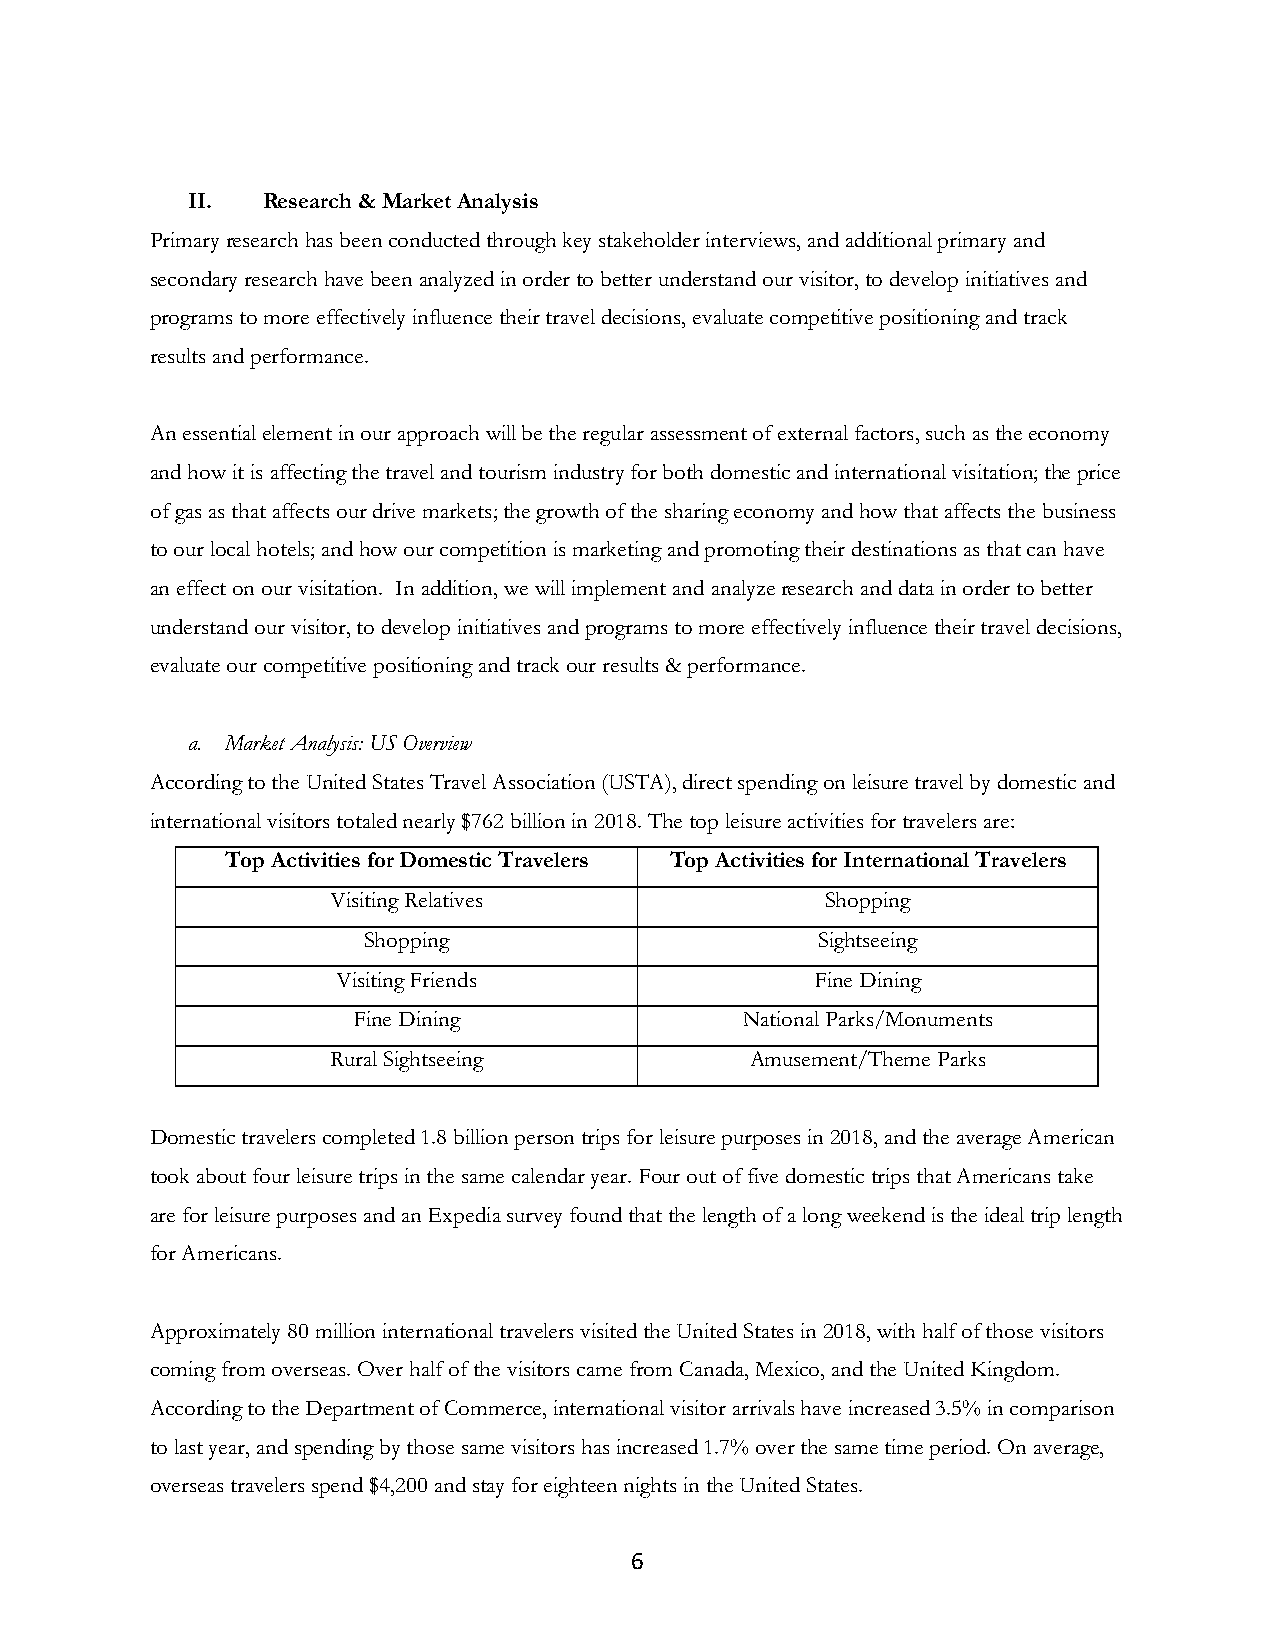
II.  Research & Market Analysis
 Primary research has been conducted through key stakeholder interviews, and additional primary and
 secondary research have been analyzed in order to better understand our visitor, to develop initiatives and
 programs to more effectively influence their travel decisions, evaluate competitive positioning and track
 results and performance.
 An essential element in our approach will be the regular assessment of external factors, such as the economy
 and how it is affecting the travel and tourism industry for both domestic and international visitation; the price
 of gas as that affects our drive markets; the growth of the sharing economy and how that affects the business
 to our local hotels; and how our competition is marketing and promoting their destinations as that can have
 an effect on our visitation. In addition, we will implement and analyze research and data in order to better
 understand our visitor, to develop initiatives and programs to more effectively influence their travel decisions,
 evaluate our competitive positioning and track our results & performance.
 a. Market Analysis: US Overview
 According to the United States Travel Association (USTA), direct spending on leisure travel by domestic and
 international visitors totaled nearly $762 billion in 2018. The top leisure activities for travelers are:
 Top Activities for Domestic Travelers Top Activities for International Travelers
 Visiting Relatives               Shopping
 Shopping                      Sightseeing
 Visiting Friends                Fine Dining
 Fine Dining               National Parks/Monuments
 Rural Sightseeing           Amusement/Theme Parks
 Domestic travelers completed 1.8 billion person trips for leisure purposes in 2018, and the average American
 took about four leisure trips in the same calendar year. Four out of five domestic trips that Americans take
 are for leisure purposes and an Expedia survey found that the length of a long weekend is the ideal trip length
 for Americans.
 Approximately 80 million international travelers visited the United States in 2018, with half of those visitors
 coming from overseas. Over half of the visitors came from Canada, Mexico, and the United Kingdom.
 According to the Department of Commerce, international visitor arrivals have increased 3.5% in comparison
 to last year, and spending by those same visitors has increased 1.7% over the same time period. On average,
 overseas travelers spend $4,200 and stay for eighteen nights in the United States.
 6